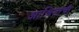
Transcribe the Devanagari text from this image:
आश्रितांची